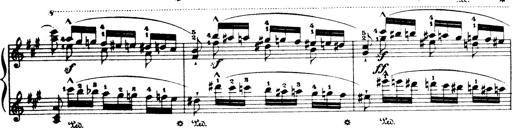
Title: Wagner-Liszt Album
Composer: Franz Liszt